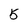
Character: 5